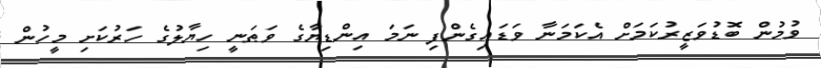
ވުމުން ބޮޑުވަޒީރުކަމަށް އެކަމަނާ ވަޑައިގެންފި ނަމަ އިންޑިޔާގެ ވަޠަނީ ހިޔާލުގެ ހަރުކަށި މީހުން